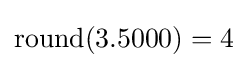
{\mbox{round}}(3.5000)=4